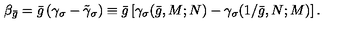
\beta _ { \bar { g } } = \bar { g } \left( \gamma _ { \sigma } - \tilde { \gamma } _ { \sigma } \right) \equiv \bar { g } \left[ \gamma _ { \sigma } ( \bar { g } , M ; N ) - \gamma _ { \sigma } ( 1 / \bar { g } , N ; M ) \right] .